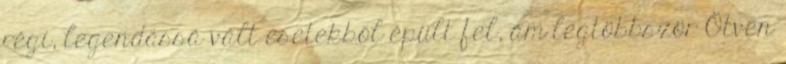
régi, legendássá vált esetekből épült fel, ám legtöbbször Ötven